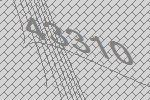
43310